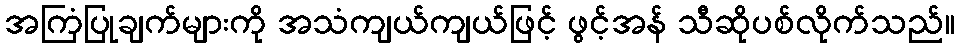
အကြံပြုချက်များကို အသံကျယ်ကျယ်ဖြင့် ဖွင့်အန် သီဆိုပစ်လိုက်သည်။